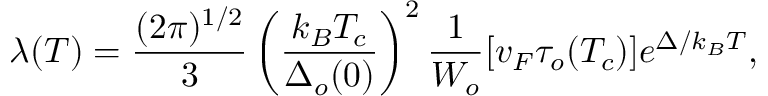
\lambda ( T ) = \frac { ( 2 \pi ) ^ { 1 / 2 } } { 3 } \left( \frac { k _ { B } T _ { c } } { \Delta _ { o } ( 0 ) } \right) ^ { 2 } \frac { 1 } { W _ { o } } [ v _ { F } \tau _ { o } ( T _ { c } ) ] e ^ { \Delta / k _ { B } T } ,